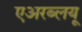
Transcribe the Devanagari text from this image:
एअरब्लयू